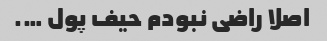
اصلا راضی‌ نبودم‌ حیف‌ پول ….